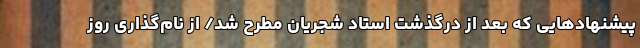
پیشنهادهایی که بعد از درگذشت استاد شجریان مطرح شد/ از نام‌گذاری روز